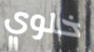
خلوي